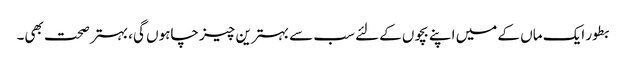
بطور ایک ماں کے میں اپنے بچوں کےلئے سب سے بہترین چیز چاہوں گی، بہتر صحت بھی۔